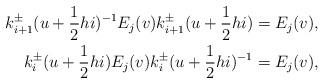
LaTeX: \begin{align*}k_{i+1}^{\pm}(u+\frac{1}{2}hi)^{-1}E_{j}(v)k_{i+1}^{\pm}(u+\frac{1}{2}hi)=E_{j}(v),\\ k_{i}^{\pm}(u+\frac{1}{2}hi)E_{j}(v)k_{i}^{\pm}(u+\frac{1}{2}hi)^{-1}=E_{j}(v),\end{align*}